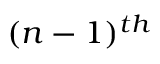
( n - 1 ) ^ { t h }